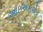
આઇએફએફ